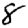
Digit: 8